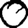
Digit: 0